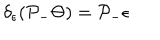
\delta _ { \epsilon } ( \mathcal { P } _ { - } \Theta ) = \mathcal { P } _ { - } \epsilon